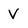
Character: V